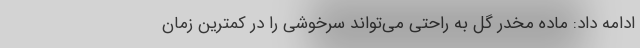
ادامه داد: ماده مخدر گل به راحتی می‌تواند سرخوشی را در کمترین زمان